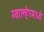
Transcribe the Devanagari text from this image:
ग्वाल्हेरमध्ये